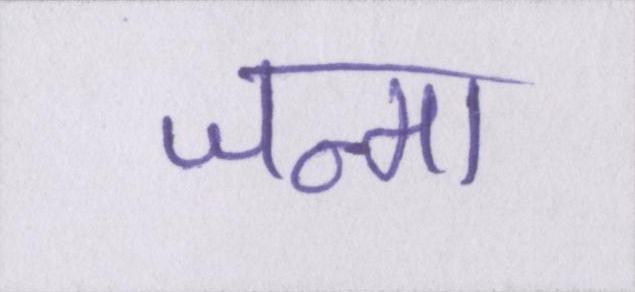
जन्मा